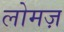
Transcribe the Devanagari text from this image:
लोमज़